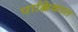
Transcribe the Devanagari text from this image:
पाक्षिकात